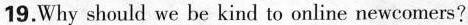
19. Why should we be kind to online newcomers?